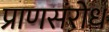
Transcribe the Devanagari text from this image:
प्राणसंरोध